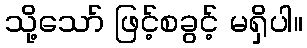
သို့သော် ဖြင့်စခွင့် မရှိပါ။